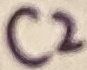
Text: C2